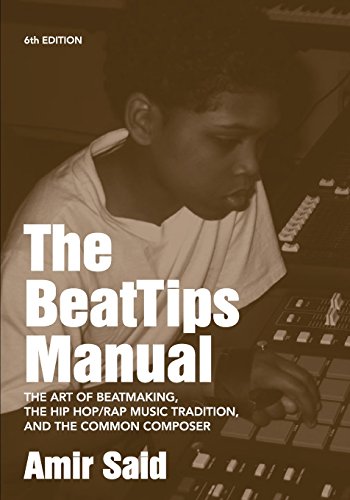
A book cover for The BeatTips Manual: The Art of Beatmaking, the Hip Hop/Rap Music Tradition, and the Common Composer; Amir Said; Arts & Photography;